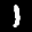
Label: 1